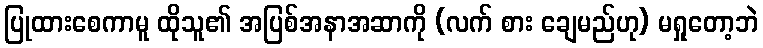
ပြုထားစေကာမူ ထိုသူ၏ အပြစ်အနာအဆာကို (လက် စား ချေမည်ဟု) မရှုတော့ဘဲ